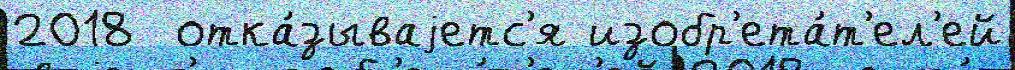
2018  отка́зываjетс'я изобр'ета́т'ел'ей